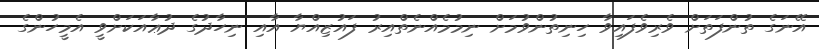
އޭނަގެ ތުންފަތަށް ވެރިވެފައިވާ ހިނިތުންވުމަށް ނިމުމެއްނެތްއިރު ފައުޒިއްޔާ އާއި ނިހާދުގެ ދުޢާއަކަށްވީ އެމީހުންގެ